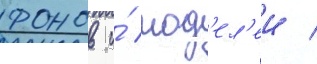
фонов и́ мод'ел'еи /